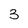
Character: 3